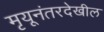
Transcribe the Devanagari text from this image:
मृयूनंतरदेखील